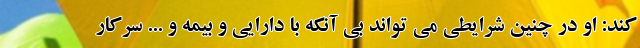
کند: او در چنین شرایطی می تواند بی آنکه با دارایی و بیمه و ... سرکار